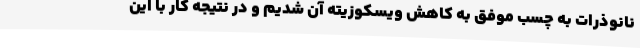
نانوذرات به چسب موفق به کاهش ویسکوزیته آن شدیم و در نتیجه کار با این